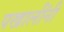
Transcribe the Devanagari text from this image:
पखालींनी